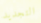
التجديد